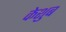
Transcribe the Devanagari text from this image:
केशुब